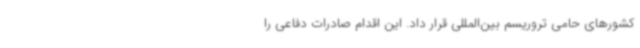
کشورهای حامی تروریسم بین‌المللی قرار داد. این اقدام صادرات دفاعی را